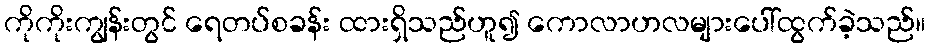
ကိုကိုးကျွန်းတွင် ရေတပ်စခန်း ထားရှိသည်ဟူ၍ ကောလာဟလများပေါ်ထွက်ခဲ့သည်။